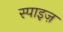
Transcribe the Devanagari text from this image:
स्पाइज़